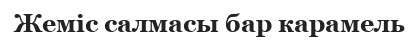
Жеміс салмасы бар карамель